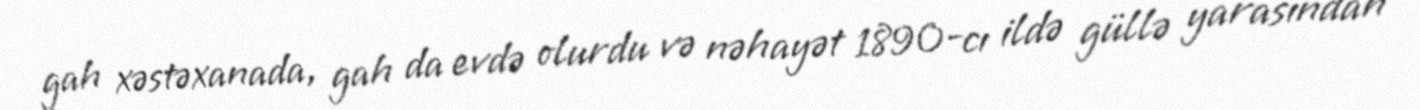
gah xəstəxanada, gah da evdə olurdu və nəhayət 1890-cı ildə güllə yarasından